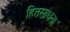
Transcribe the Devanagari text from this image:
हितसाधना